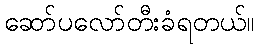
ဆော်ပလော်တီးခံရတယ်။